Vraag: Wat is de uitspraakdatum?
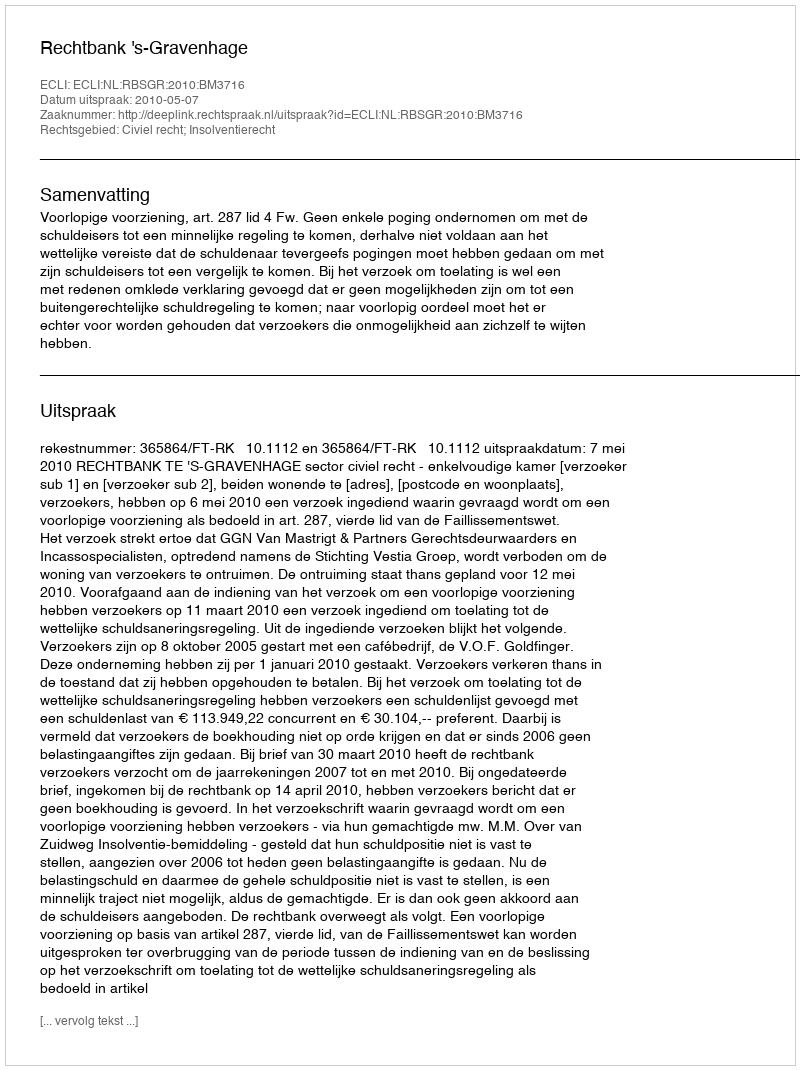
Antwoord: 2010-05-07